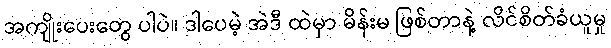
အကျိုးပေးတွေ ပါပဲ။ ဒါပေမဲ့ အဲဒီ ထဲမှာ မိန်းမ ဖြစ်တာနဲ့ လိင်စိတ်ခံယူမှု